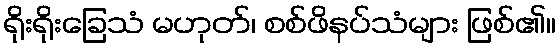
ရိုးရိုးခြေသံ မဟုတ်၊ စစ်ဖိနပ်သံများ ဖြစ်၏။